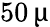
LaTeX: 50\, \upmu